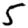
Digit: 5